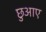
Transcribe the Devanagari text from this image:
छुआए